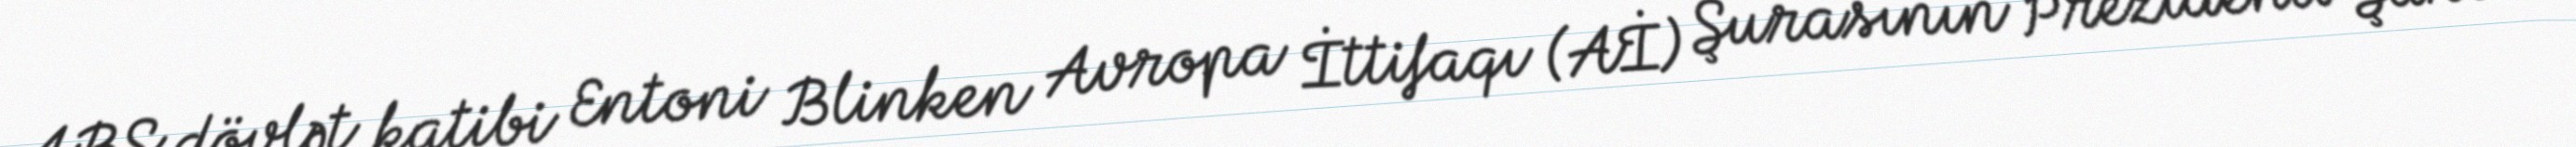
ABŞ dövlət katibi Entoni Blinken Avropa İttifaqı (Aİ) Şurasının Prezidenti Şarl